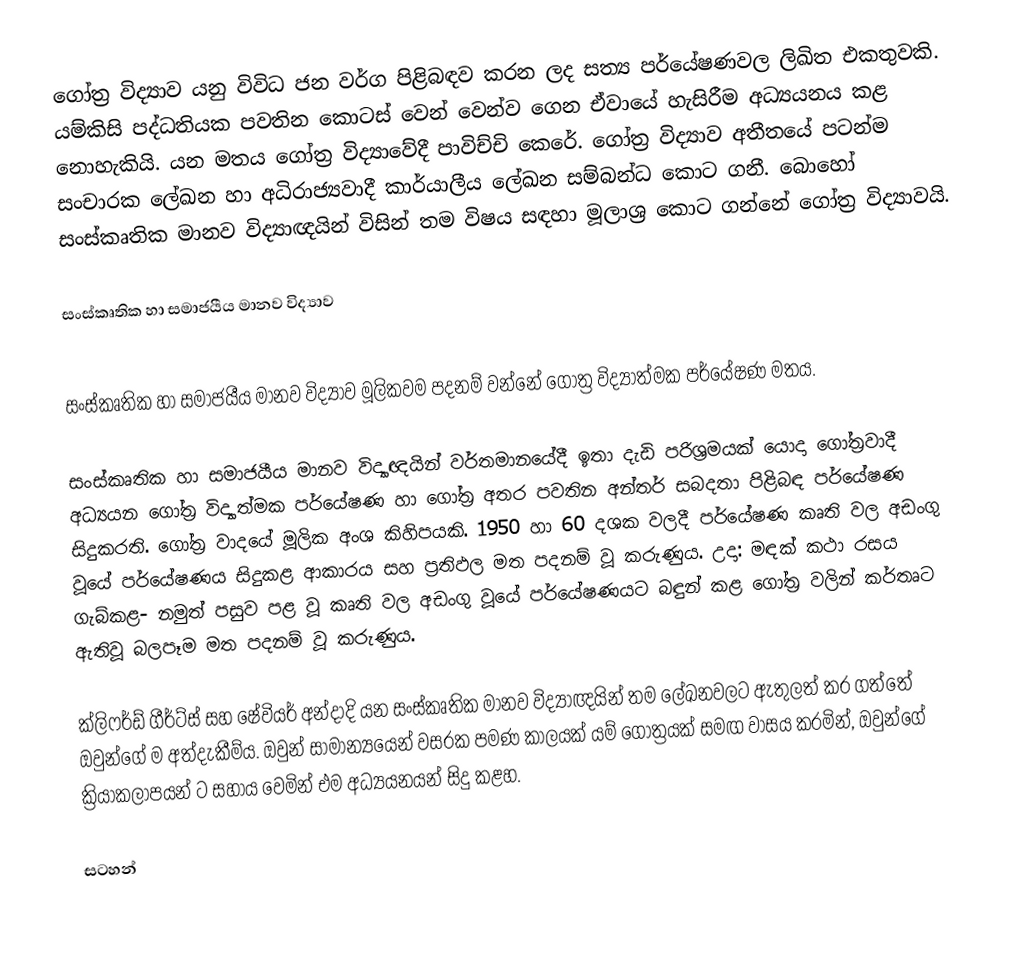
ගෝත්‍ර විද්‍යාව යනු විවිධ ජන වර්ග පිළිබඳව කරන ලද සත්‍ය පර්යේෂණවල ලිඛිත එකතුවකි.  යම්කිසි පද්ධතියක පවතින කොටස් වෙන් වෙන්ව ගෙන ඒවායේ හැසිරීම අධ්‍යයනය කළ නොහැකියි.  යන මතය ගෝත්‍ර විද්‍යාවේදී පාවිච්චි කෙරේ.  ගෝත්‍ර විද්‍යාව අතීතයේ පටන්ම සංචාරක ලේඛන හා අධිරාජ්‍යවාදී කාර්යාලීය ලේඛන සම්බන්ධ කොට ගනී. බොහෝ සංස්කෘතික මානව විද්‍යාඥයින් විසින් තම විෂය සඳහා මූලාශ්‍ර කොට ගන්නේ ගෝත්‍ර විද්‍යාවයි.

සංස්කෘතික හා සමාජයීය මානව විද්‍යාව

සංස්කෘතික හා සමාජයීය මානව විද්‍යාව මූලිකවම පදනම් වන්නේ ගෝත්‍ර විද්‍යාත්මක පර්යේෂණ මතය.

සංස්කෘතික හා සමාජයීය මානව විද්‍යාඥයින් වර්තමානයේදී ඉතා දැඩි පරිශ්‍රමයක් යොදා ගෝත්‍රවාදී අධ්‍යයන ගෝත්‍ර විද්‍යාත්මක පර්යේෂණ හා ගෝත්‍ර අතර පවතින අන්තර් සබදතා පිළිබඳ පර්යේෂණ සිදුකරති.  ගෝත්‍ර වාදයේ මූලික  අංශ කිහිපයකි. 1950 හා 60 දශක වලදී පර්යේෂණ කෘති වල අඩංගු වූයේ පර්යේෂණය සිදුකළ ආකාරය සහ ප්‍රතිඵල මත පදනම් වූ කරුණුය. උදා: මඳක් කථා රසය ගැබ්කළ- නමුත් පසුව පළ වූ කෘති වල අඩංගු වූයේ පර්යේෂණයට බඳුන් කළ ගෝත්‍ර වලින් කර්තෘට ඇතිවූ බලපෑම මත පදනම් වූ කරුණුය.

ක්ලිෆර්ඩ් ගීර්ට්ස් සහ ෂේවියර් අන්දාදි යන සංස්කෘතික මානව විද්‍යාඥයින් තම ලේඛනවලට ඇතුලත් කර ගත්තේ ඔවුන්ගේ ම අත්දැකීම්ය.  ඔවුන් සාමාන්‍යයෙන් වසරක පමණ කාලයක් යම් ගෝත්‍රයක් සමඟ වාසය කරමින්, ඔවුන්ගේ ක්‍රියාකලාපයන් ට සහාය වෙමින් එම අධ්‍යයනයන් සිදු කළහ.

සටහන්